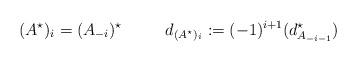
LaTeX: \begin{align*}(A^\star)_{i} = (A_{-i})^\star \ \ \ \ \ \ \ \ d_{(A^\star)_i} := (-1)^{i+1}(d_{A_{-i-1}}^\star)\end{align*}